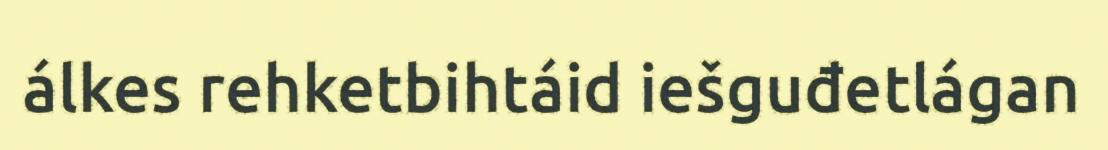
álkes rehketbihtáid iešguđetlágan